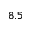
8 . 5